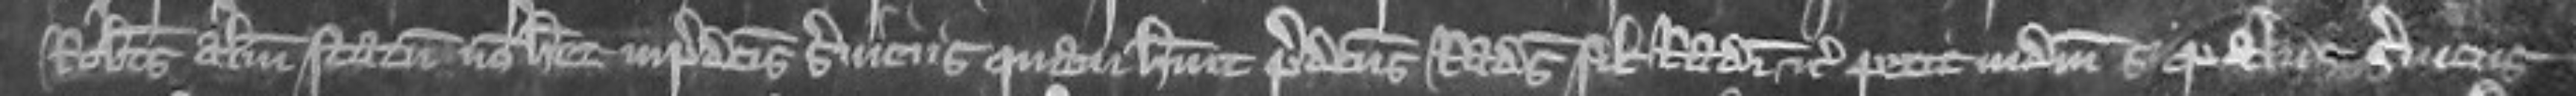
Robertus alium statum non habet in predictis serviciis quam habuit predictus Radulphus filius Radulphi etc et petit judicium si pro aliis serviciis